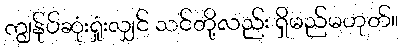
ကျွန်ုပ်ဆုံးရှုံးလျှင် သင်တို့လည်း ရှိမည်မဟုတ်။